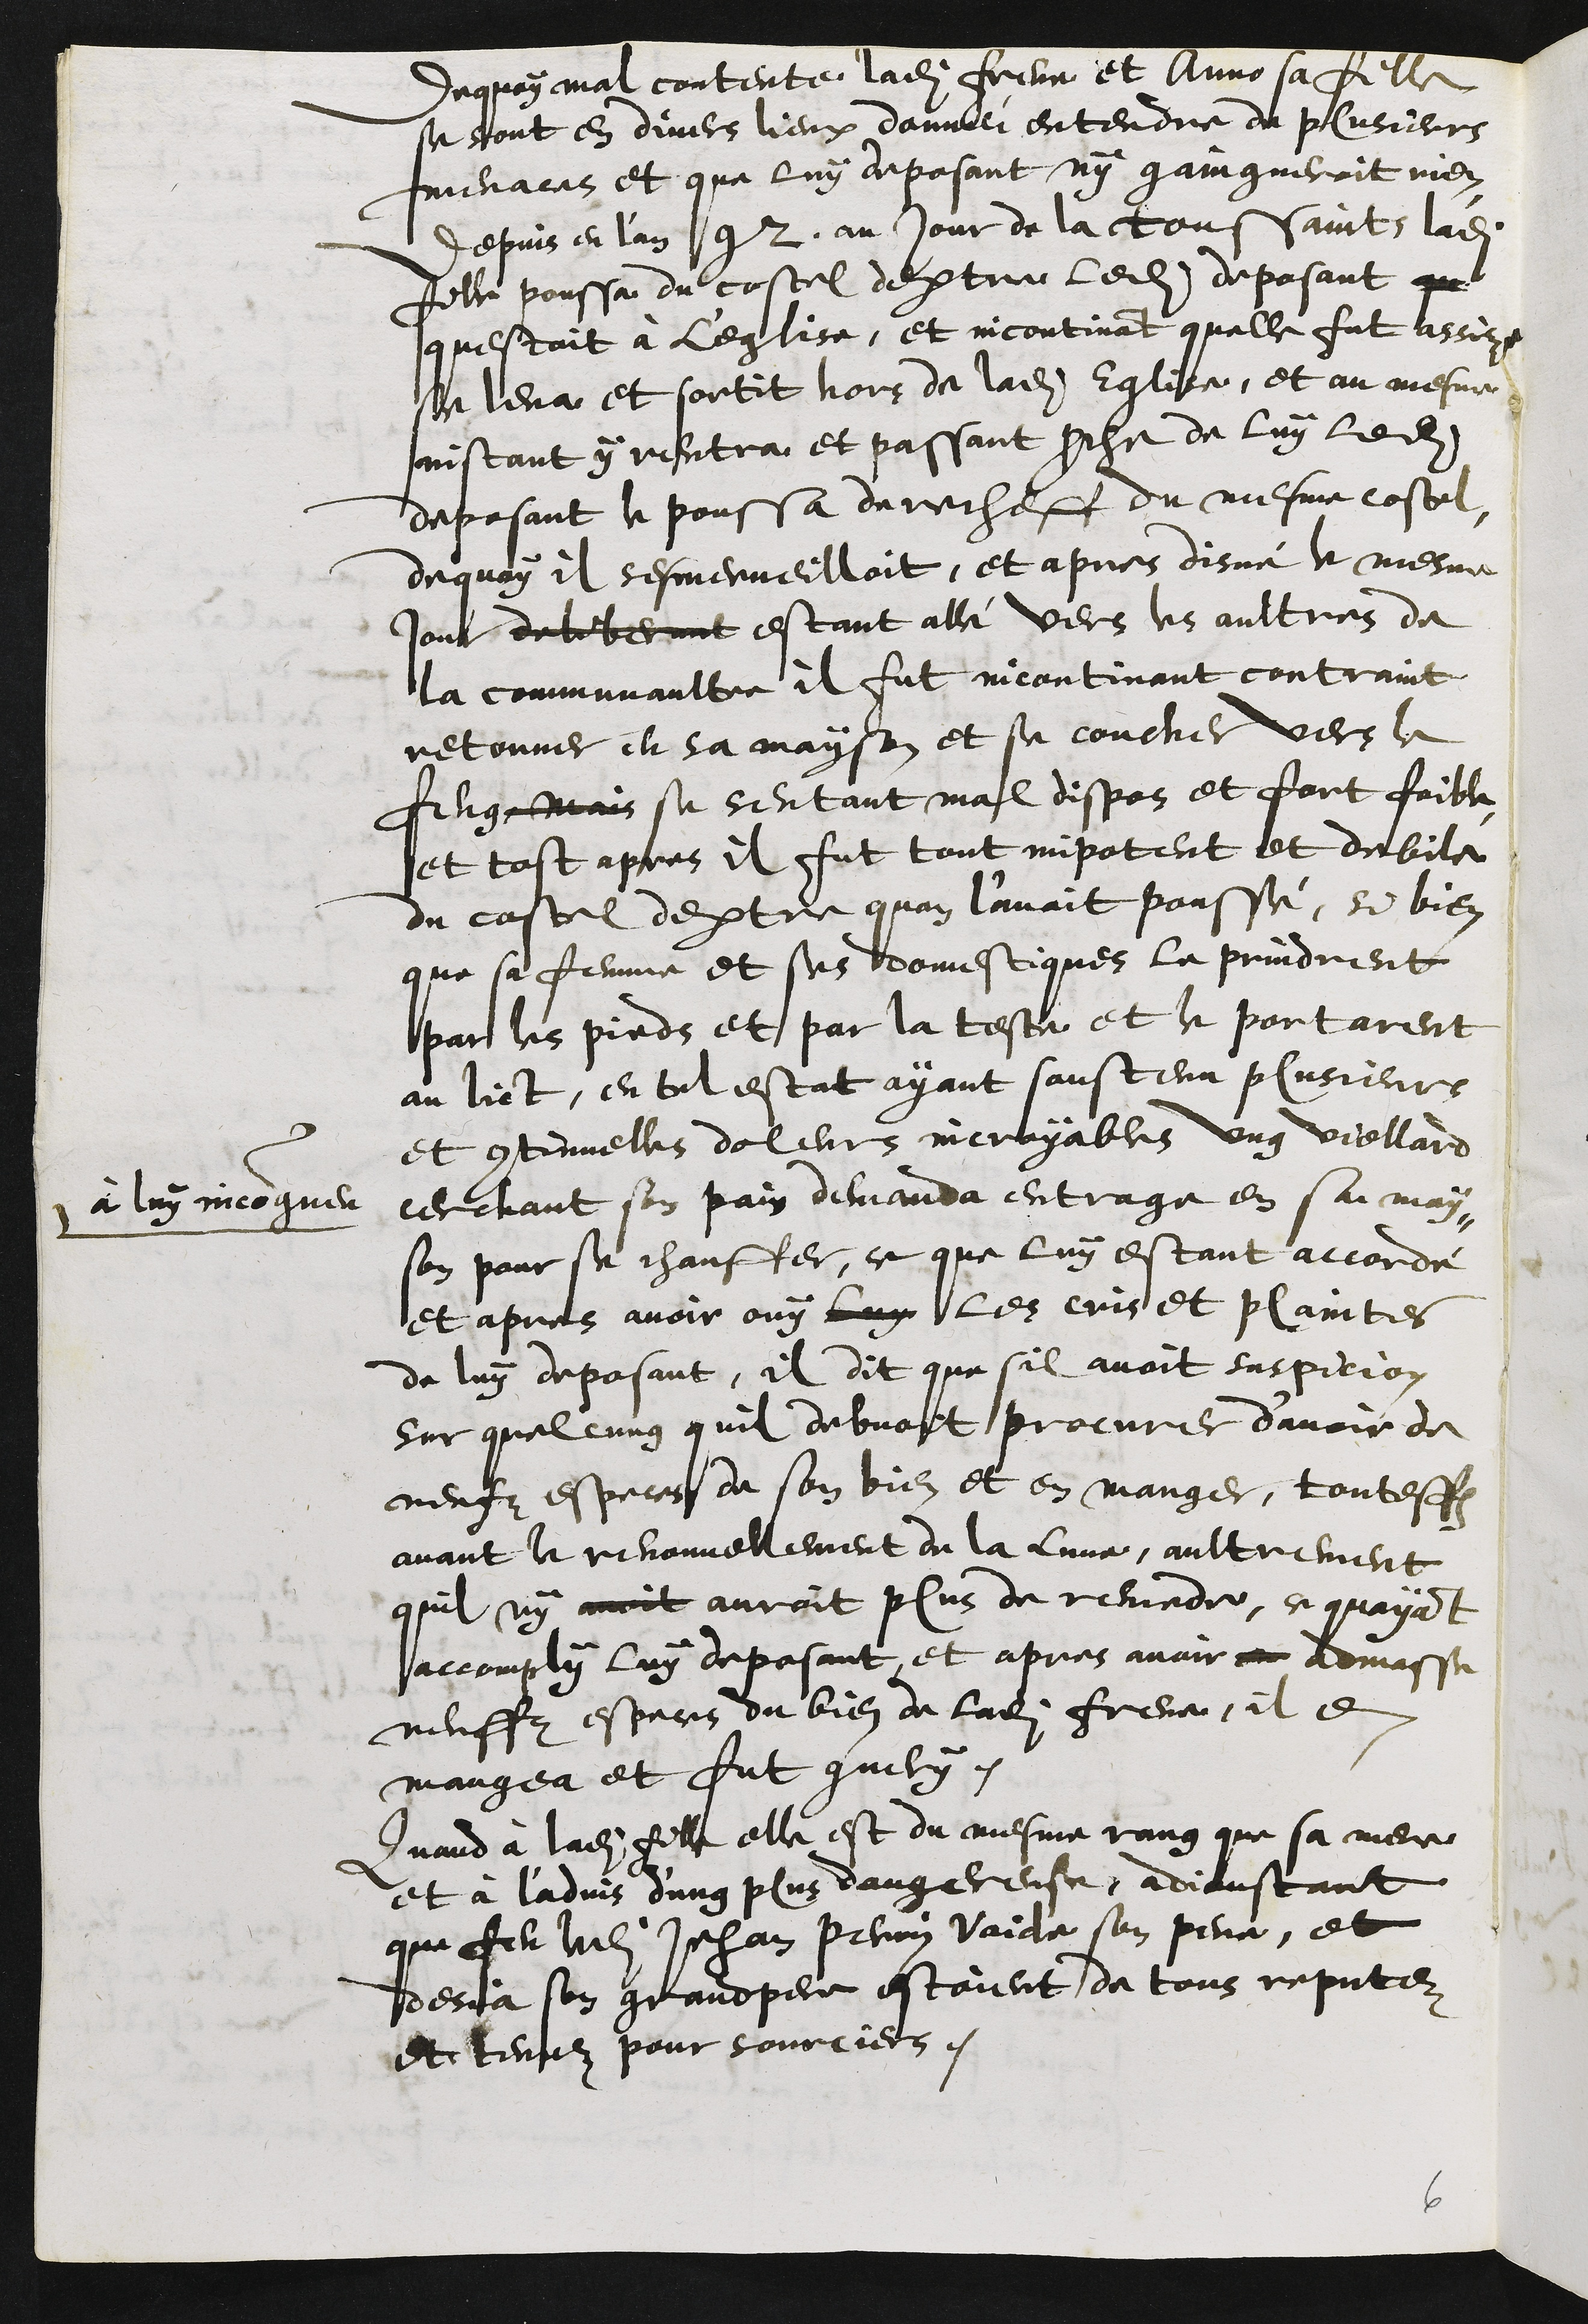
dequoy mal contente ladite Frene et Anno sa fille
se sont en divers lieux donnée entendre de plusieurs
menaces et que luy deposant ny gaingneroit rien
depuis en l'an 92, au jour de la Toussaints ladite
fille poussa du costel dextre ledit deposant qu
questoit à l'Eglise, et incontinant quelle fut assise
se leva et sortit hors de ladite Eglise, et au mesme
instant y rentra et passant proche de luy ledit
deposant le poussa derecheff du mesme costel,
dequoy il sesmerveilloit, et apres disné le mesme
jour deliberant estant allé vers les aultres de
la communaultee il fut incontinant contraint
retorner en sa mayson et se coucher vers le
feug, mais se sentant mal dispos et fort foible
et tost apres il fut tout impotent et debile
du costel dextre quon l’avoit poussé, si bien
que sa femme et ses domestiques le prindrent
par les pieds et par la teste et le portarent
au lict, en tel estat ayant soustenu plusieurs
et continuelles doleurs incroyables ung viellard
à luy incongneu
cerchant son pain demanda entrage en sa may¬
son pour se chauffer, ce que luy estant accordé
et apres avoir ouy luy les cris et plaintes
de luy deposant, il dit que sil avoit suspicion
sur quelcung quil debvoit procurer d'avoir de
neufz especes de son bien et en manger, touteffois
avant le renouvellement de la lune, aultrement
quil ny avoit auroit plus de remede, ce quayant
accomply luy deposant, et apres avoir admasse
neuffz especes du bien de ladite Frene, il en
mangea et fut guery.
Quand à ladite fille elle est du mesme rang que sa mere
et à l'advis dung plus dangereuse, adjoustant
que feu ledit Jehan Perrin Vaicle son pere, et
desja son grand pere estoient de tous reputez
et tenuz pour sourciers.
6